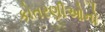
કોતરણીઓનો